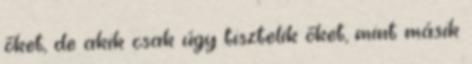
őket, de akik csak úgy tisztelik őket, mint másik